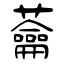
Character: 蘥